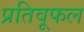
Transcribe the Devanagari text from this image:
प्रतिवूफल